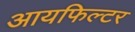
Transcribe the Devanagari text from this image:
आयफिल्टर